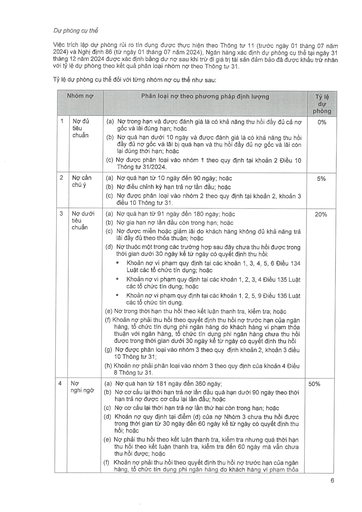
||Nhóm nợ|Phân loại nợ theo phương pháp định lượng|Tỷ lệ dự phòng| |---|---|---|---| |1|Nợ đủ tiêu chuẩn|(a) Nợ trong hạn và được đánh giá là có khả năng thu hồi đầy đủ cả nợ gốc và lãi đúng hạn; hoặc (b) Nợ quá hạn dưới 10 ngày và được đánh giá là có khả năng thu hồi đầy đủ nợ gốc và lãi bị quá hạn và thu hồi đầy đủ nợ gốc và lãi còn lại đúng thời hạn; hoặc (c) Nợ được phân loại vào nhóm 1 theo quy định tại khoản 2 Điều 10 Thông tư 31/2024.|0%| |2|Nợ cần chú ý|(a) Nợ quá hạn từ 10 ngày đến 90 ngày; hoặc (b) Nợ điều chỉnh kỳ hạn trả nợ lần đầu; hoặc (c) Nợ được phân loại vào nhóm 2 theo quy định tại khoản 2, khoản 3 điều 10 Thông tư 31.|5%| |3|Nợ dưới tiêu chuẩn|(a) Nợ quá hạn từ 91 ngày đến 180 ngày; hoặc (b) Nợ gia hạn nợ lần đầu còn trong hạn; hoặc (c) Nợ được miễn hoặc giảm lãi do khách hàng không đủ khả năng trả lãi đầy đủ theo thỏa thuận; hoặc (d) Nợ thuộc một trong các trường hợp sau đây chưa thu hồi được trong thời gian dưới 30 ngày kể từ ngày có quyết định thu hồi: Khoản nợ vi phạm quy định tại các khoản 1, 3, 4, 5, 6 Điều 134 Luật các tổ chức tín dụng; hoặc Khoản nợ vi phạm quy định tại các khoản 1, 2, 3, 4 Điều 135 Luật các tổ chức tín dụng; hoặc Khoản nợ vi phạm quy định tại các khoản 1, 2, 5, 9 Điều 136 Luật các tổ chức tín dụng. (e) Nợ trong thời gian thu hồi theo kết luận thanh tra, kiểm tra; hoặc (f) Khoản nợ phải thu hồi theo quyết định thu hồi nợ trước hạn của ngân hàng, tổ chức tín dụng phi ngân hàng do khách hàng vi phạm thỏa thuận với ngân hàng, tổ chức tín dụng phi ngân hàng chưa thu hồi được trong thời gian dưới 30 ngày kể từ ngày có quyết định thu hồi (g) Nợ được phân loại vào nhóm 3 theo quy định khoản 2, khoản 3 điều 10 Thông tư 31; (h) Khoản nợ phải phân loại vào nhóm 3 theo quy định của khoản 4 Điều 8 Thông tư 31.|20%| |4|Nợ nghi ngờ|(a) Nợ quá hạn từ 181 ngày đến 360 ngày; (b) Nợ cơ cấu lại thời hạn trả nợ lần đầu quá hạn dưới 90 ngày theo thời hạn trả nợ được cơ cấu lại lần đầu; hoặc (c) Nợ cơ cấu lại thời hạn trả nợ lần thứ hai còn trong hạn; hoặc (d) Khoản nợ quy định tại điểm (d) của nợ Nhóm 3 chưa thu hồi được trong thời gian từ 30 ngày đến 60 ngày kế tiếp ngày có quyết định thu hồi; hoặc (e) Nợ phải thu hồi theo kết luận thanh tra, kiểm tra nhưng quá thời gian thu hồi theo kết luận thanh tra, kiểm tra đến 60 ngày mà vẫn chưa thu hồi được; hoặc (f) Khoản nợ phải thu hồi theo quyết định thu hồi nợ trước hạn của ngân hàng, tổ chức tín dụng phi ngân hàng do khách hàng vi phạm thỏa|50%|